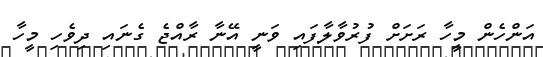
އަންހެން މީހާ ރަށަށް ފުރުވާލާފައި ވަނީ އޭނާ ރާއްޖެ ގެނައި ދިވެހި މީހާ